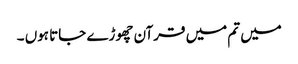
میں تم میں قرآن چھوڑے جاتا ہوں ۔